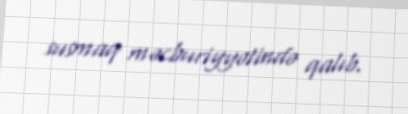
susmaq məcburiyyətində qalıb.